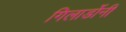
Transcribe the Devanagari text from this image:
गिलार्डोनी